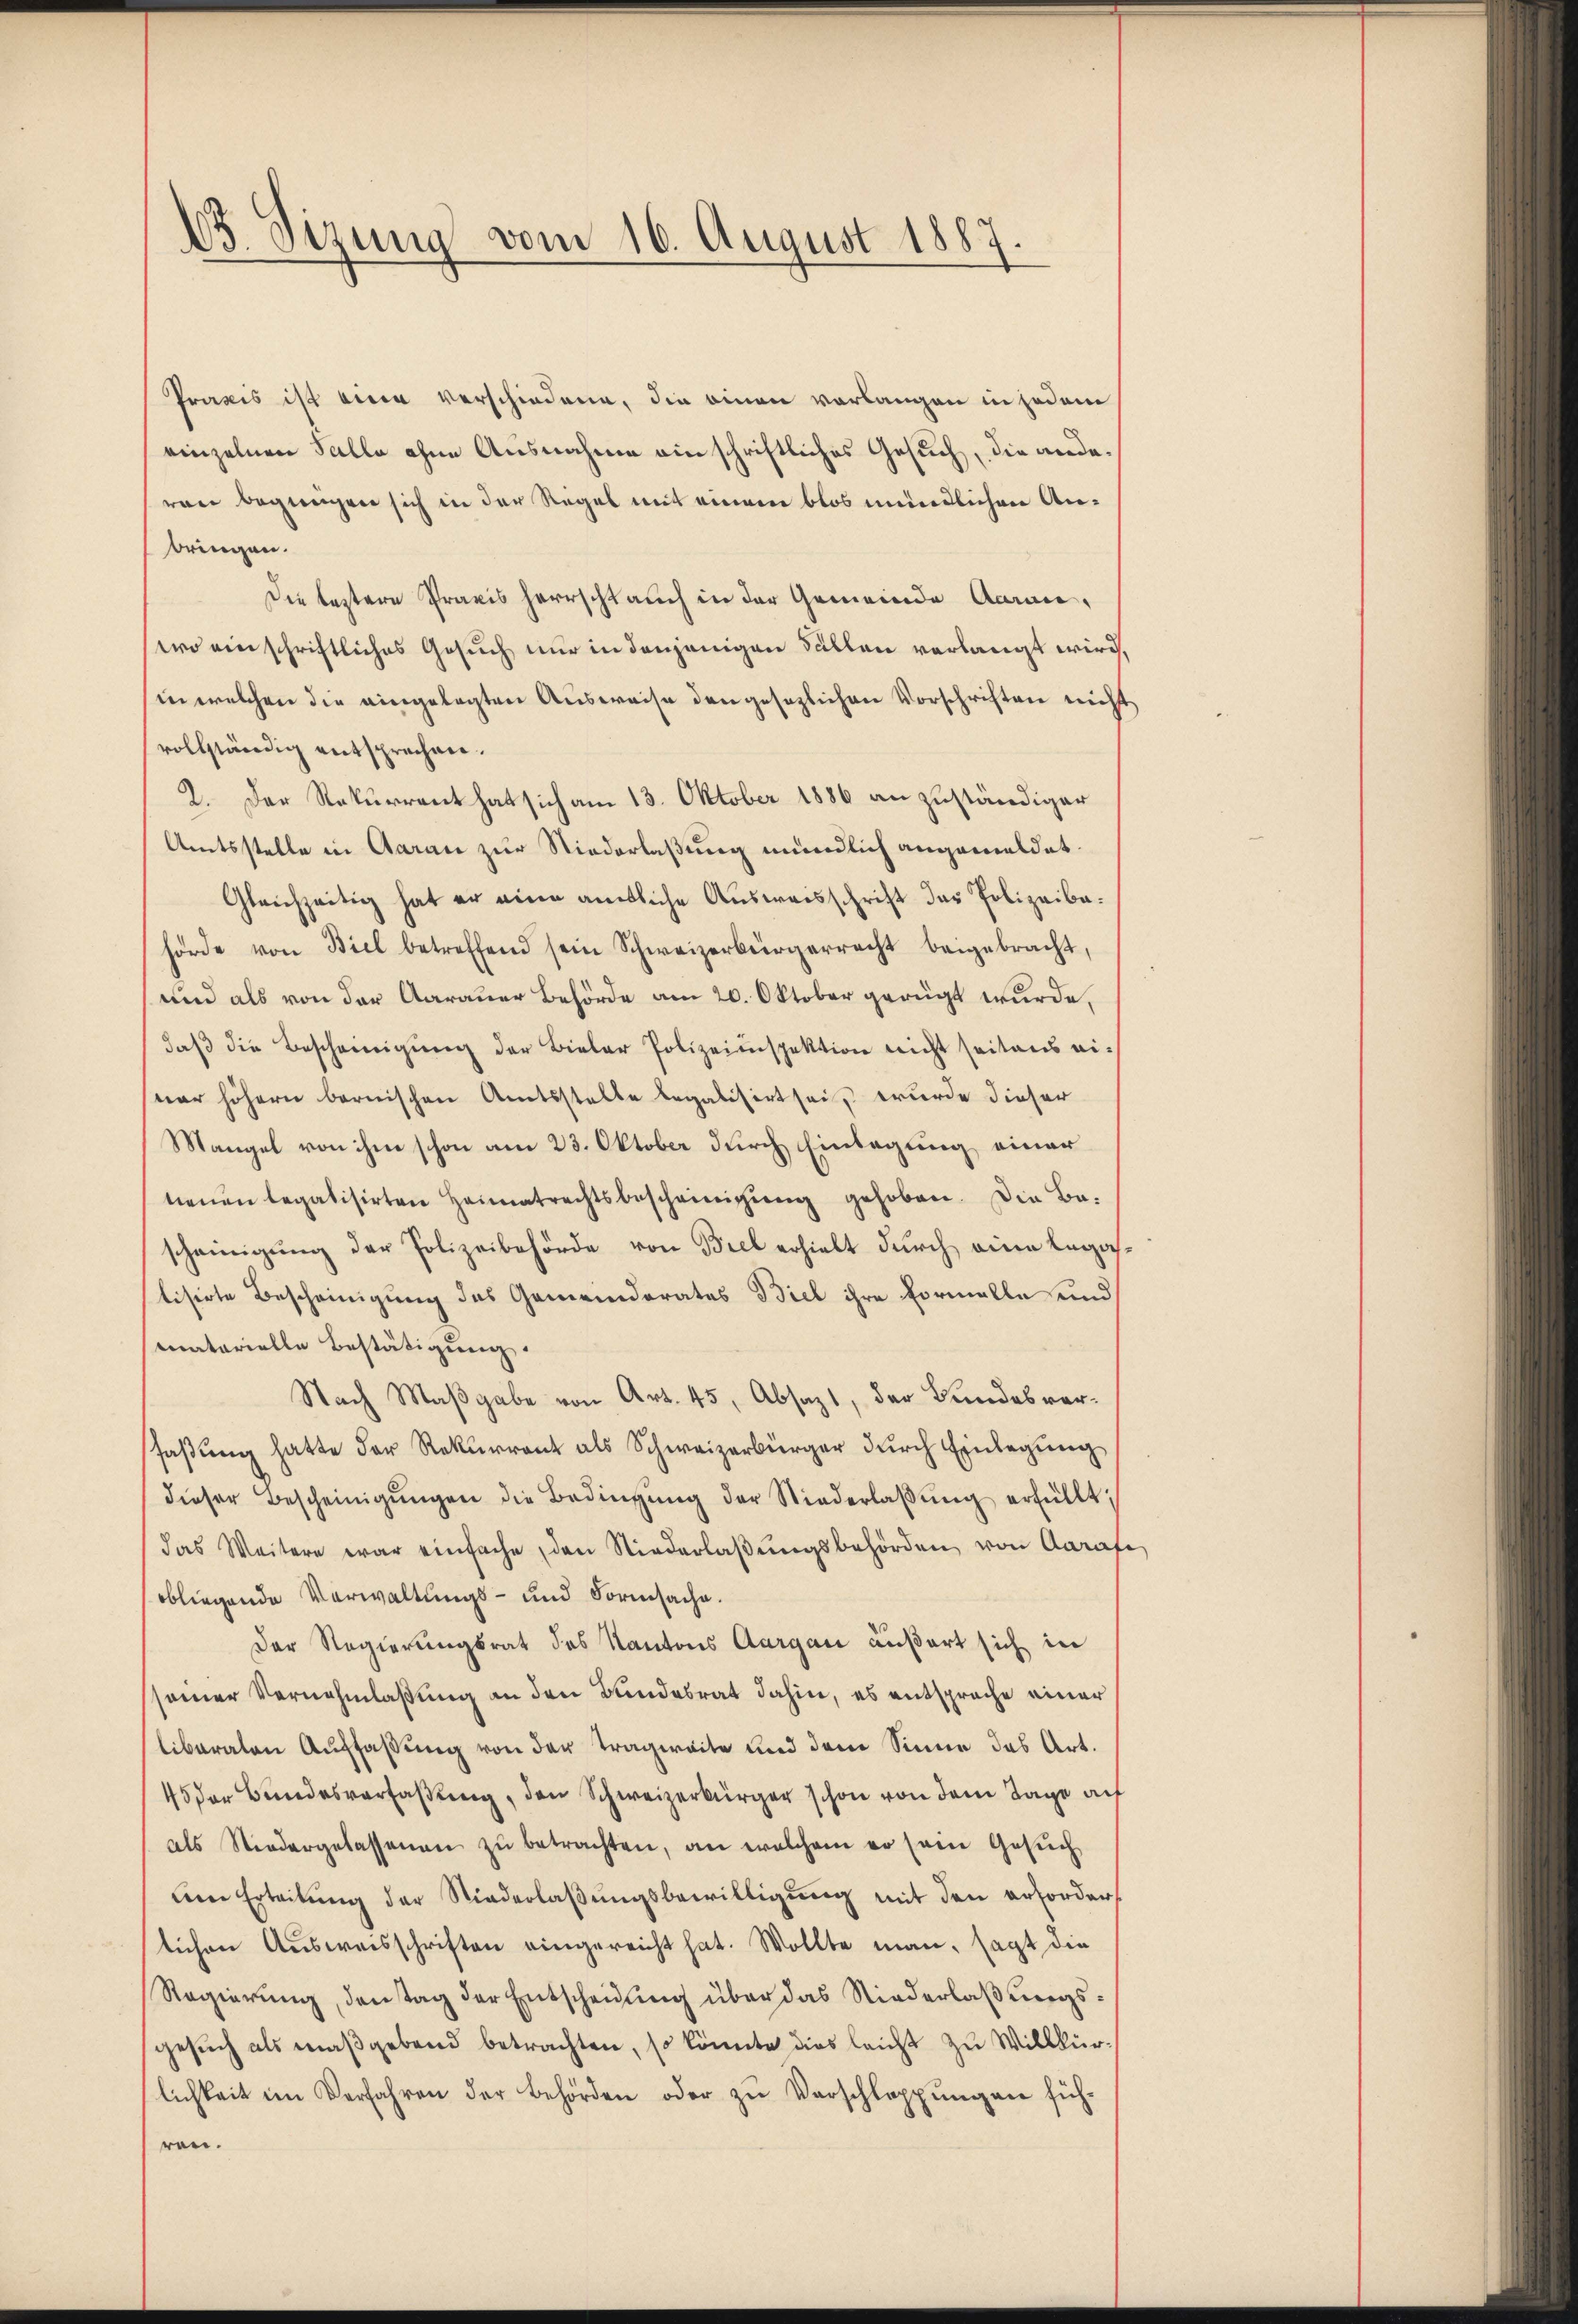
C. Sizung vom 16. August 1887.

Praxis ist eine verschiedene, die einen vorlangen in jedem
einzelnen Falle ohne Ausnahme ein schriftliches Gesuch, die anderen begnügen sich in der Regel mit einem blos mündlichen Anbringen.
Die leztere Praxis herrscht auch in der Gemeinde Aarau,
wo ein schriftliches Gesuch nur in denjenigen Fällen verlangt wird.
in welchen die eingelegten Ausweise den gesezlichen Vorschriften nicht
vollständig entsprechen.
2. Der Rekurrent hat sich am 13. Oktober 1886 an zuständiger
Amtsstelle in Aarau zur Niederlaßung mündlich angemeldet.
Gleichzeitig hat er eine amtliche Aŭsweisschrift der Polizeiba-
hörde von Biel betreffend sein Schweizerbürgerrecht beigebracht,
und als von der Aarauer Behörde am 20. Oktober gerügt wurde,
daß die Bescheinigung der Bieler Polizeiinspektion nicht seitens eiwar höhern bernischen Amtsstelle legalisirt sei, wurde dieser
Mangel von ihm schon am 23. Oktober durch Einlegung einer
neŭen legalisirten Heimatrechtsbescheinigŭng gehoben. Die Be-
scheinigŭng der Polizeibehörde von Biel erhielt durch eine Legatisirte Bescheinigung des Gemeinderates Biel ihre Vormelle und
matarielle Bestätigung.
Nach Maßgabe von Art. 45, Absagt, der Bundesverfaßung hatte der Rekurrent als Schweizerbürger durch Einlegung
dieser Bescheinigŭngen die Bedingŭng der Niederlaβŭng erfüllt:
das Weitere war einfache, den Niederlaβŭngsbehörden von Aaraf
obliegende Verwaltungs- und Formsache.
Der Regierungsrat des Kantons Aargau äußert sich in
seiner Vernehmlassung an den Bundesrat dahin, es entsprache einer
liberaten Auffaßung von der Tragweite und dem Sinne das Art.
45 der Bundesverfaßung, den Schweizerbürger schon von dem Tage auf
als Niedergelassenen zŭ betrachten, an welchem er sein Gesŭch
um Erteilung der Niederlaßungsbewilligung mit den erfordert
lichen Aŭsweisschriften eingereicht hat. Wollte man, sagt die
Regierŭng, den tag der Entscheidung über das Niederlaßungsgesuch als maßgebend betrachten, so könnte dies leicht zu Willkür-
lichkeit im Verfahren der Behörden oder zŭ Verschleppungen füh-
ren.

e